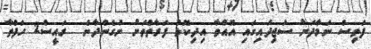
ފަތިސް ނަމާދަށް ސަޖިދައިގައި އޮއްވާ އިދިކޮޅު ފަރާތްތަށް ނުގެންދާނެ  ރައީސް2 ހަފްތާ